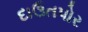
દાઉતપોર